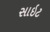
સાઇટ